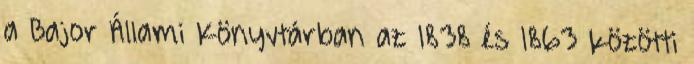
a Bajor Állami Könyvtárban az 1838 és 1863 közötti